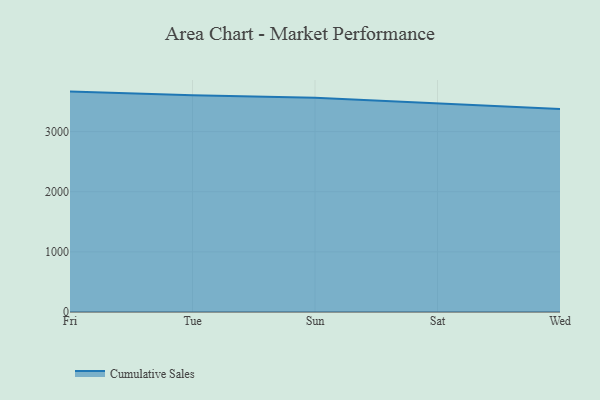
{"axis": {"x": "Day", "y": "Page Views"}, "legend": ["Cumulative Sales"], "data": [{"x": "Fri", "y": 3664.7, "type": "Cumulative Sales"}, {"x": "Tue", "y": 3604.0, "type": "Cumulative Sales"}, {"x": "Sun", "y": 3561.5, "type": "Cumulative Sales"}, {"x": "Sat", "y": 3470.1, "type": "Cumulative Sales"}, {"x": "Wed", "y": 3376.5, "type": "Cumulative Sales"}]}